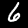
Label: 6